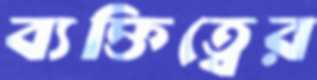
ব্যক্তিত্বের